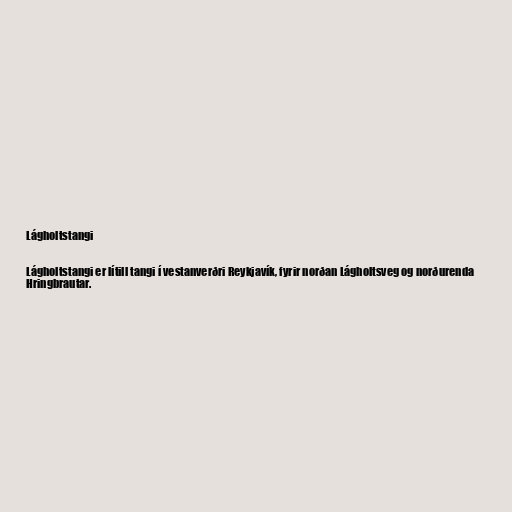
Lágholtstangi

Lágholtstangi er lítill tangi í vestanverðri Reykjavík, fyrir norðan Lágholtsveg og norðurenda
Hringbrautar.